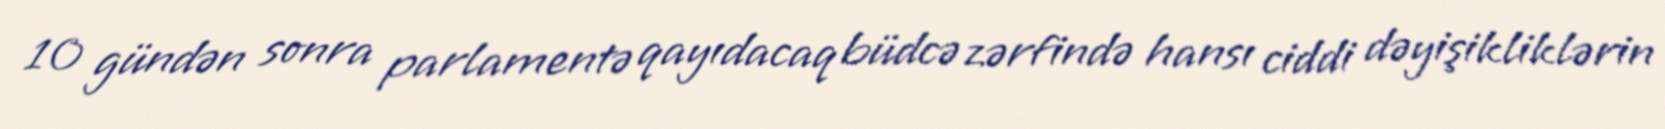
10 gündən sonra parlamentə qayıdacaq büdcə zərfində hansı ciddi dəyişikliklərin